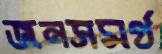
জনসমর্থ